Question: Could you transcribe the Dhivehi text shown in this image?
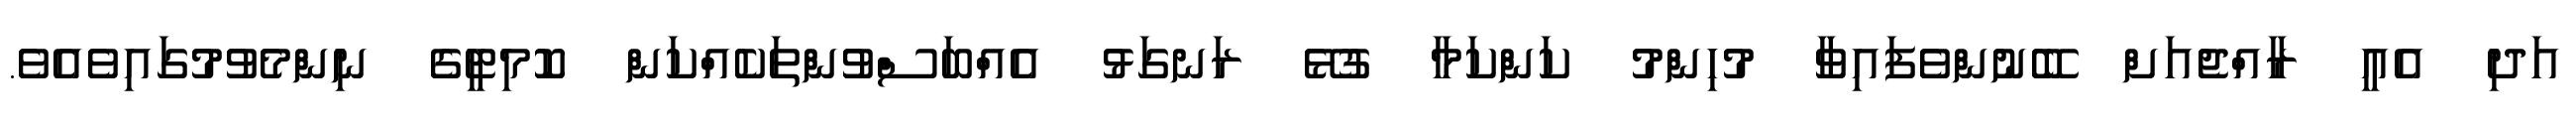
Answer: އަދި އެއީ ރާއްޖެއަށް ބޭނުންވެފައިވާ މުހިންމު ކަންކަމާ ގުޅޭ ރަނގަޅު އެއްބަސްވުންތަކެއްކަން ކޮމިޓީގެ ނިންމެވުމުގައިވެއެވެ.